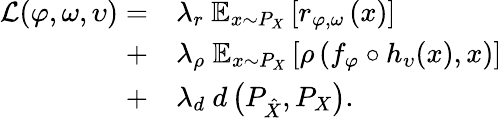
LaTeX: \begin{array}{rl}{\mathcal{L}(\varphi,\omega,\upsilon)=}&{\lambda_{r}\mathrm{~}\mathbb{E}_{x\sim P_{X}}\left[r_{\varphi,\omega}\left(x\right)\right]}\\ {+}&{\lambda_{\rho}\mathrm{~}\mathbb{E}_{x\sim P_{X}}\left[\rho\left(f_{\varphi}\circ h_{\upsilon}(x),x\right)\right]}\\ {+}&{\lambda_{d}\mathrm{~}d\left(P_{\hat{X}},P_{X}\right).}\end{array}